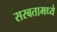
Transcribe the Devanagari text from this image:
सरबतामध्ये